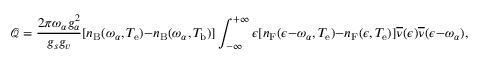
\mathcal { Q } = \frac { 2 \pi \omega _ { \alpha } g _ { \alpha } ^ { 2 } } { g _ { s } g _ { v } } [ n _ { \mathrm { B } } ( \omega _ { \alpha } , T _ { \mathrm { e } } ) - n _ { \mathrm { B } } ( \omega _ { \alpha } , T _ { \mathrm { b } } ) ] \int _ { - \infty } ^ { + \infty } \d \epsilon [ n _ { \mathrm { F } } ( \epsilon - \omega _ { \alpha } , T _ { \mathrm { e } } ) - n _ { \mathrm { F } } ( \epsilon , T _ { \mathrm { e } } ) ] \overline { { \nu } } ( \epsilon ) \overline { { \nu } } ( \epsilon - \omega _ { \alpha } ) ,